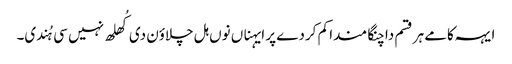
ایہہ کامے ہر قسم دا چنگا مندا کم کردے پر ایہناں نوں ہل چلاؤن دی کُھلھ نہیں سی ہُندی۔